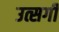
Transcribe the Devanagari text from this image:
उत्सर्गीं